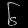
Digit: ၆